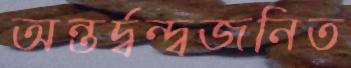
অন্তর্দ্বন্দ্বজনিত